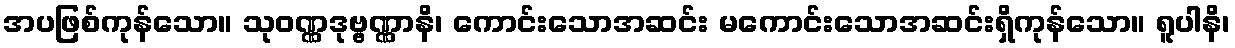
အပဖြစ်ကုန်သော။ သုဝဏ္ဏဒုဗ္ဗဏ္ဏာနိ၊ ကောင်းသောအဆင်း မကောင်းသောအဆင်းရှိကုန်သော။ ရူပါနိ၊